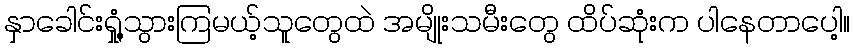
နှာခေါင်းရှုံ့သွားကြမယ့်သူတွေထဲ အမျိုးသမီးတွေ ထိပ်ဆုံးက ပါနေတာပေါ့။